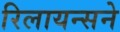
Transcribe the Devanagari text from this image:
रिलायन्सने